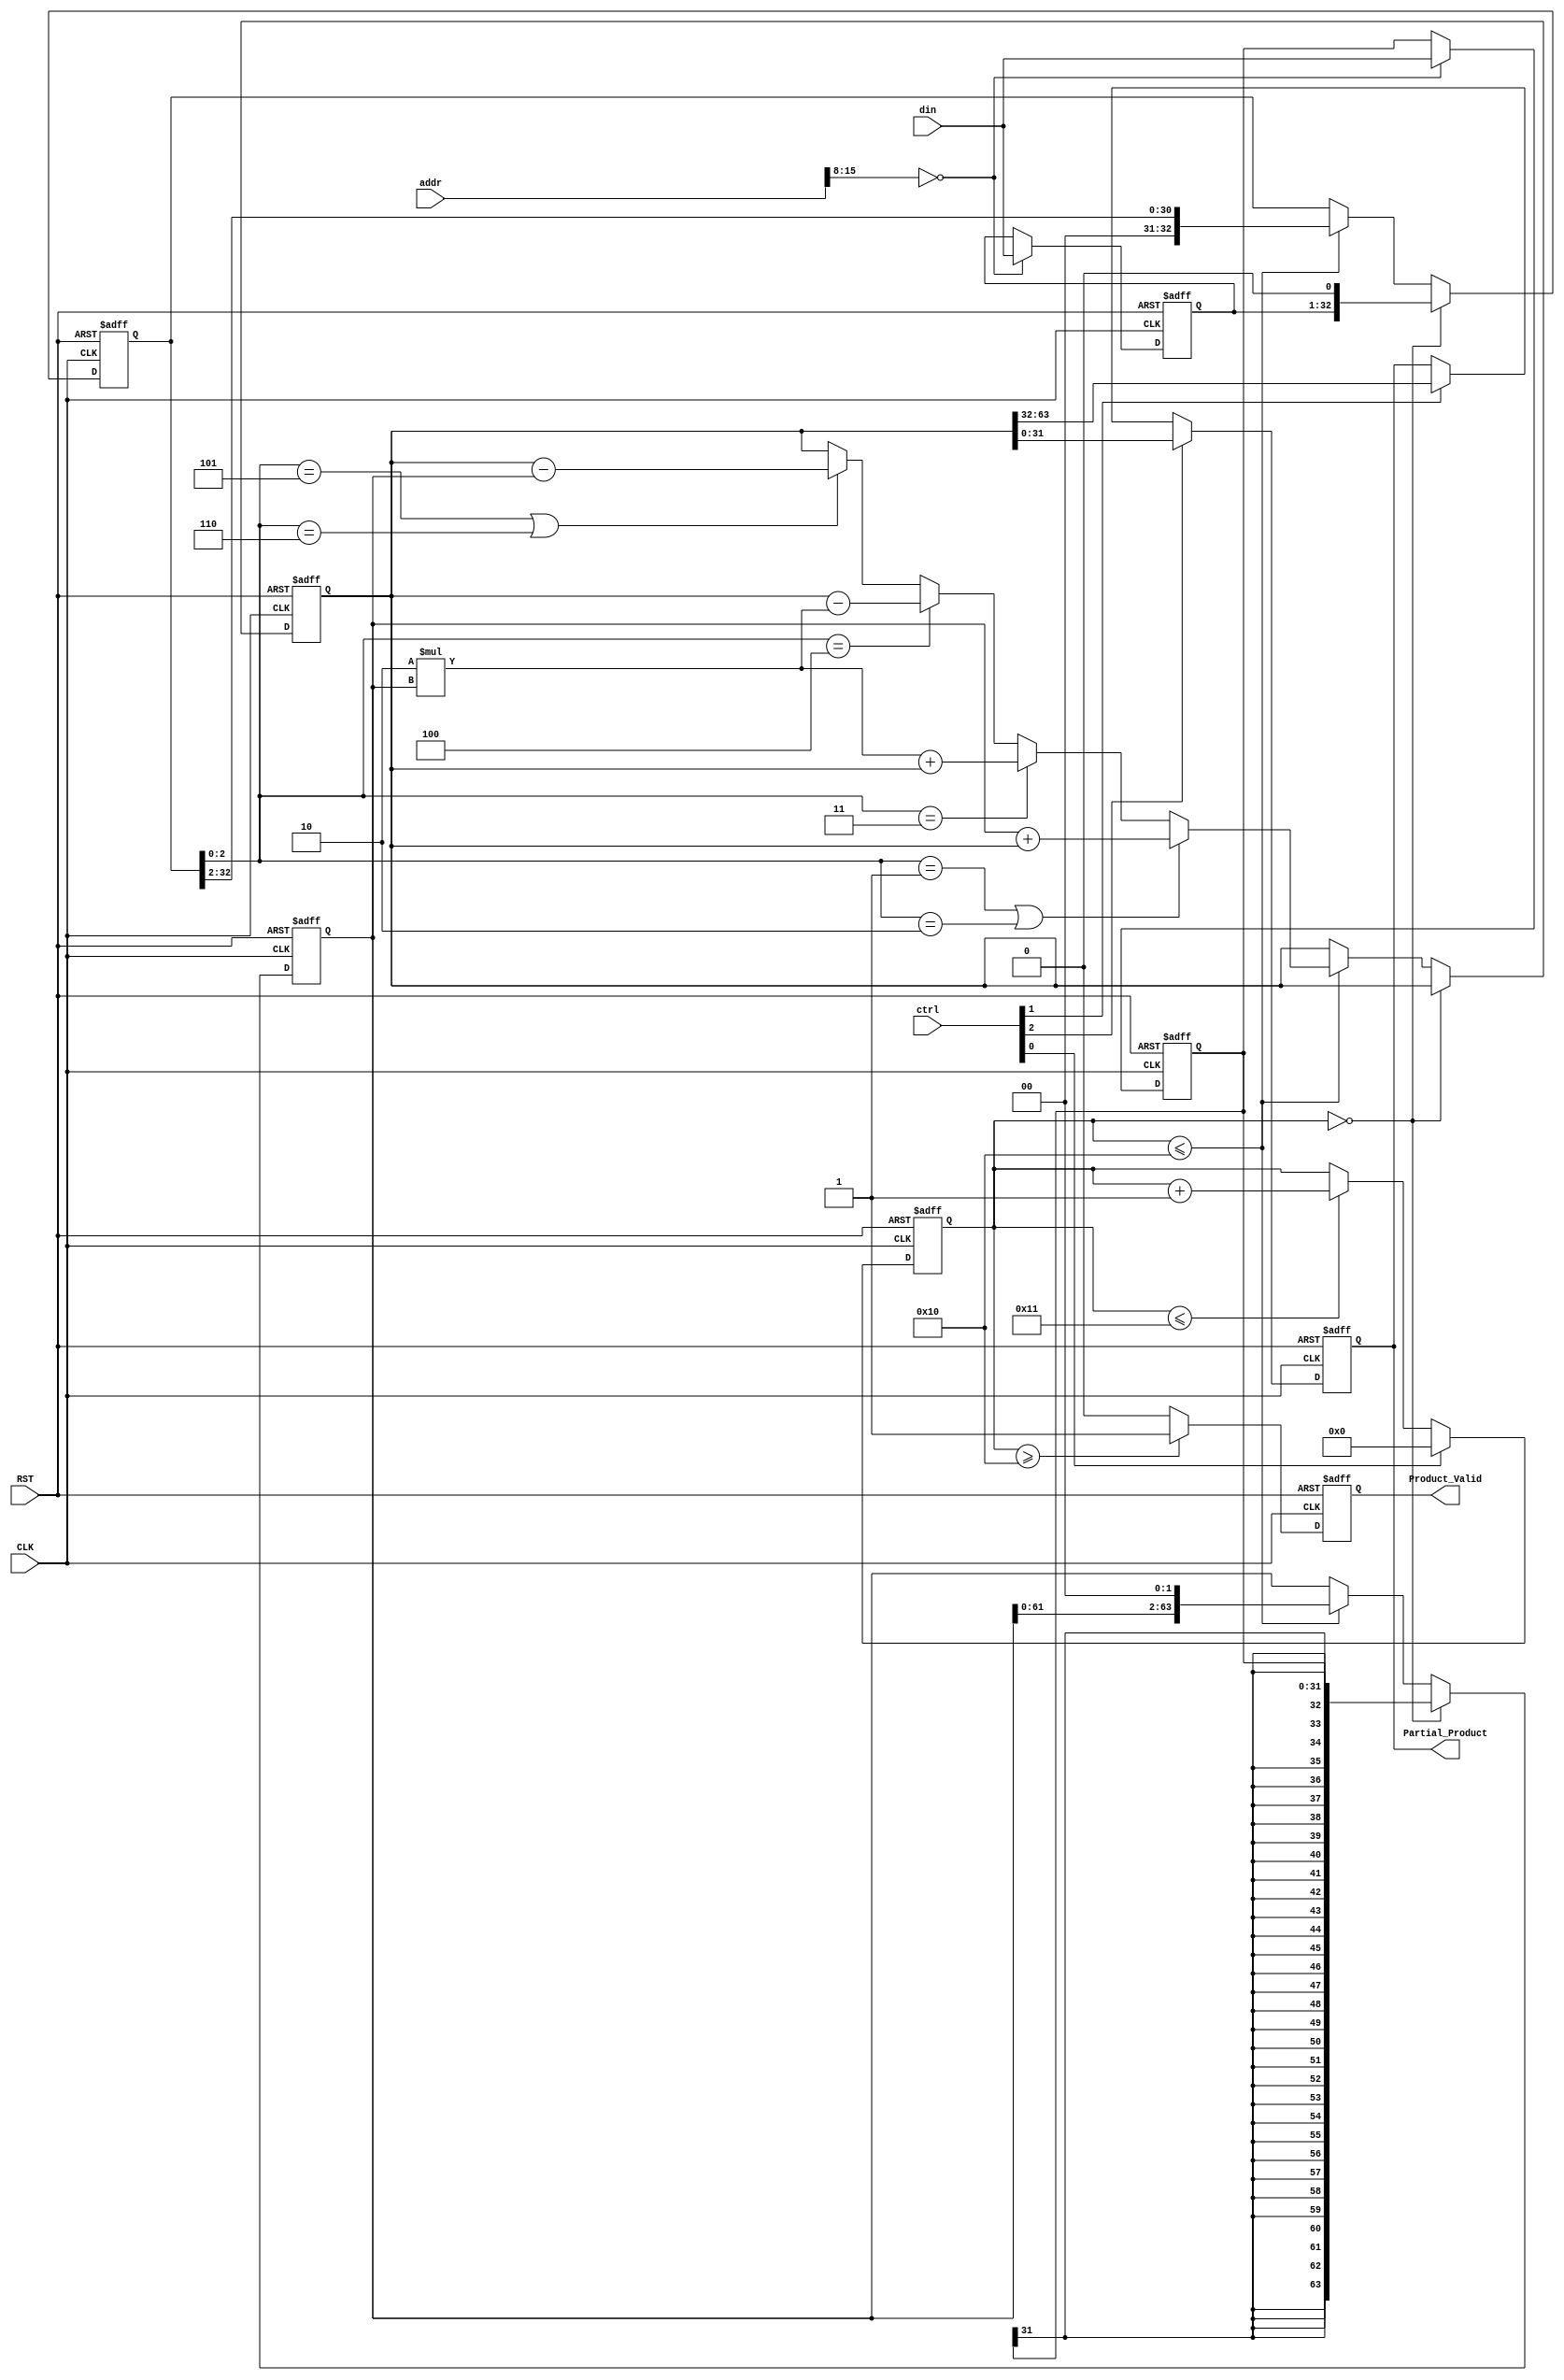
module lab(CLK, RST, din,addr, ctrl,Partial_Product, Product_Valid);
input CLK, RST;
input [2:0]ctrl;
input [15:0]addr;
input signed [31:0] din;
output reg [31:0] Partial_Product;
output reg Product_Valid;

reg signed[31:0]	in_a;	// Multiplicand
reg signed[31:0]	in_b;// Multiplier

reg [63:0] Mplicand;
reg signed [63:0] Product;
reg [32:0] Mplier;
reg [6:0]	Counter ;
reg	sign;
//reg Mythicalbit;

//Counter
always@(posedge CLK or negedge RST) // zedboard is negative edge
begin
	if(!RST)	// if reset=0 than actually we need to resuet
		Counter <=6'b0;
	else if(ctrl[0]) // if ctrl==001 than reset
		Counter <=6'b0;
	else if(Counter<=6'd17)
		Counter <= Counter +6'b1; // if no need to reset counter++
end

always@(posedge CLK or negedge RST)
begin
	if(!RST) begin
		in_a <=32'd0;
		in_b <=32'd0;
	end
	else if(addr[15:8]==8'h00)begin
		in_a <=din;
		in_b <=din;
	end
end

always@(posedge CLK or negedge RST)
begin
	if(!RST)begin
		Partial_Product<=32'd0;
	end
	else if(ctrl[2])begin	// if ctrl=100 send lower 32 bits
		Partial_Product<=Product[31:0];
	end
	else if(ctrl[1])begin	// if ctrl=010 send higher 32 bits
		Partial_Product<=Product[63:32];
	end
end

//Multiplier
always @(posedge CLK or negedge RST)
begin
	//??????
	if(!RST) begin
		Product  <= 64'b0;
		Mplicand <= 64'b0;
		//Mythicalbit <= 1'b0;
		Mplier   <= 33'b0;	
	end 
	
	//??
	else if(Counter == 6'd0) begin
		Mplicand <= in_a;
		Mplier <= {in_b,1'b0};
		//Product <={32'b0,in_b};
		//Mythicalbit <= 1'b0;
	end 
	
	//?????
	/* write down your design below */
	else if(Counter <=6'd16)
	begin
		if(Mplier[2:0] == 3'b001||Mplier[2:0] == 3'b010)
		Product <= Mplicand + Product;
		else if(Mplier[2:0] == 3'b011)
		Product <= 2 * Mplicand + Product;
		else if(Mplier[2:0] == 3'b100)
		Product <= Product - 2 * Mplicand;
		else if(Mplier[2:0] == 3'b101||Mplier[2:0] == 3'b110)
		Product <= Product - Mplicand;
		Mplicand <= Mplicand << 2'b10;
		Mplier <= Mplier >> 2'b10;
	end
	/* write down your design upon */
end

//??
always @(posedge CLK or negedge RST)
begin
	if(!RST)
		Product_Valid <=1'b0;
	else if(Counter>=6'd16)
		Product_Valid <=1'b1;
	else
		Product_Valid <=1'b0;
end

endmodule